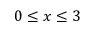
0 \leq x \leq 3